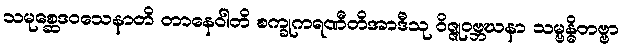
သမုစ္ဆေဒဝသေနာတိ တာနေဝါတိ စက္ခုကရဏီတိအာဒီသု ဝိဇ္ဇုဝဗ္ဘဃနာ သမ္ဗန္ဓိတဗ္ဗာ